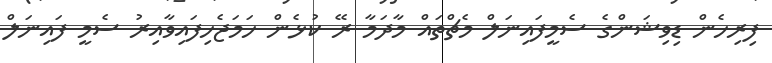
ފިރިހެން ޑިވިޝަންގެ ސެމީފައިނަލް މެޗްތައް މާދަމާ ރޭ ކުޅެން ހަމަޖެހިފައިވާއިރު ސެމީ ފައިނަލް